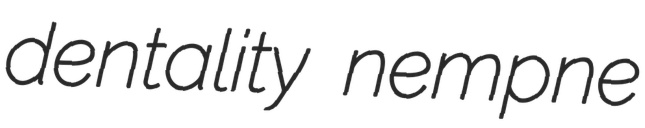
dentality nempne